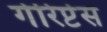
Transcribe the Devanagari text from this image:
गेरिप्टेस